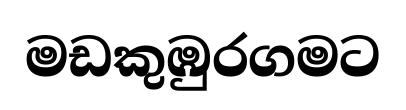
මඩකුඹුරගමට